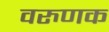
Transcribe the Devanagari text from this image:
वरुणक